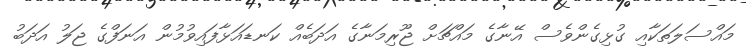
މައްސަލަތަކާއި ގުޅިގެންވެސް އޭނާގެ މައްޗަށް ޖޫރިމަނާގެ އަދަބެއް ކަނޑައަޅާފައިވުމުން އަނަފްގެ ޖަލު އަދަބު